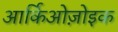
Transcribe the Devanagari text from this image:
आर्किओज़ोइक